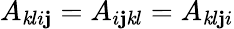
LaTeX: A_{\mathit{k}li\mathbf{j}}=A_{i\mathbf{j}\mathit{k}l}=A_{\mathit{k}l\mathbf{j}i}